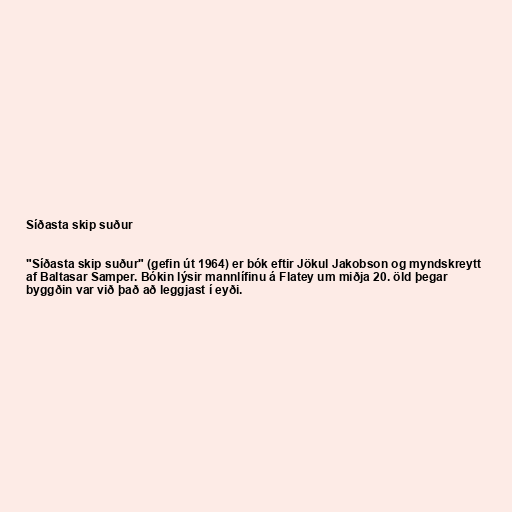
Síðasta skip suður

"Síðasta skip suður" (gefin út 1964) er bók eftir Jökul Jakobson og myndskreytt
af Baltasar Samper. Bókin lýsir mannlífinu á Flatey um miðja 20. öld þegar
byggðin var við það að leggjast í eyði.